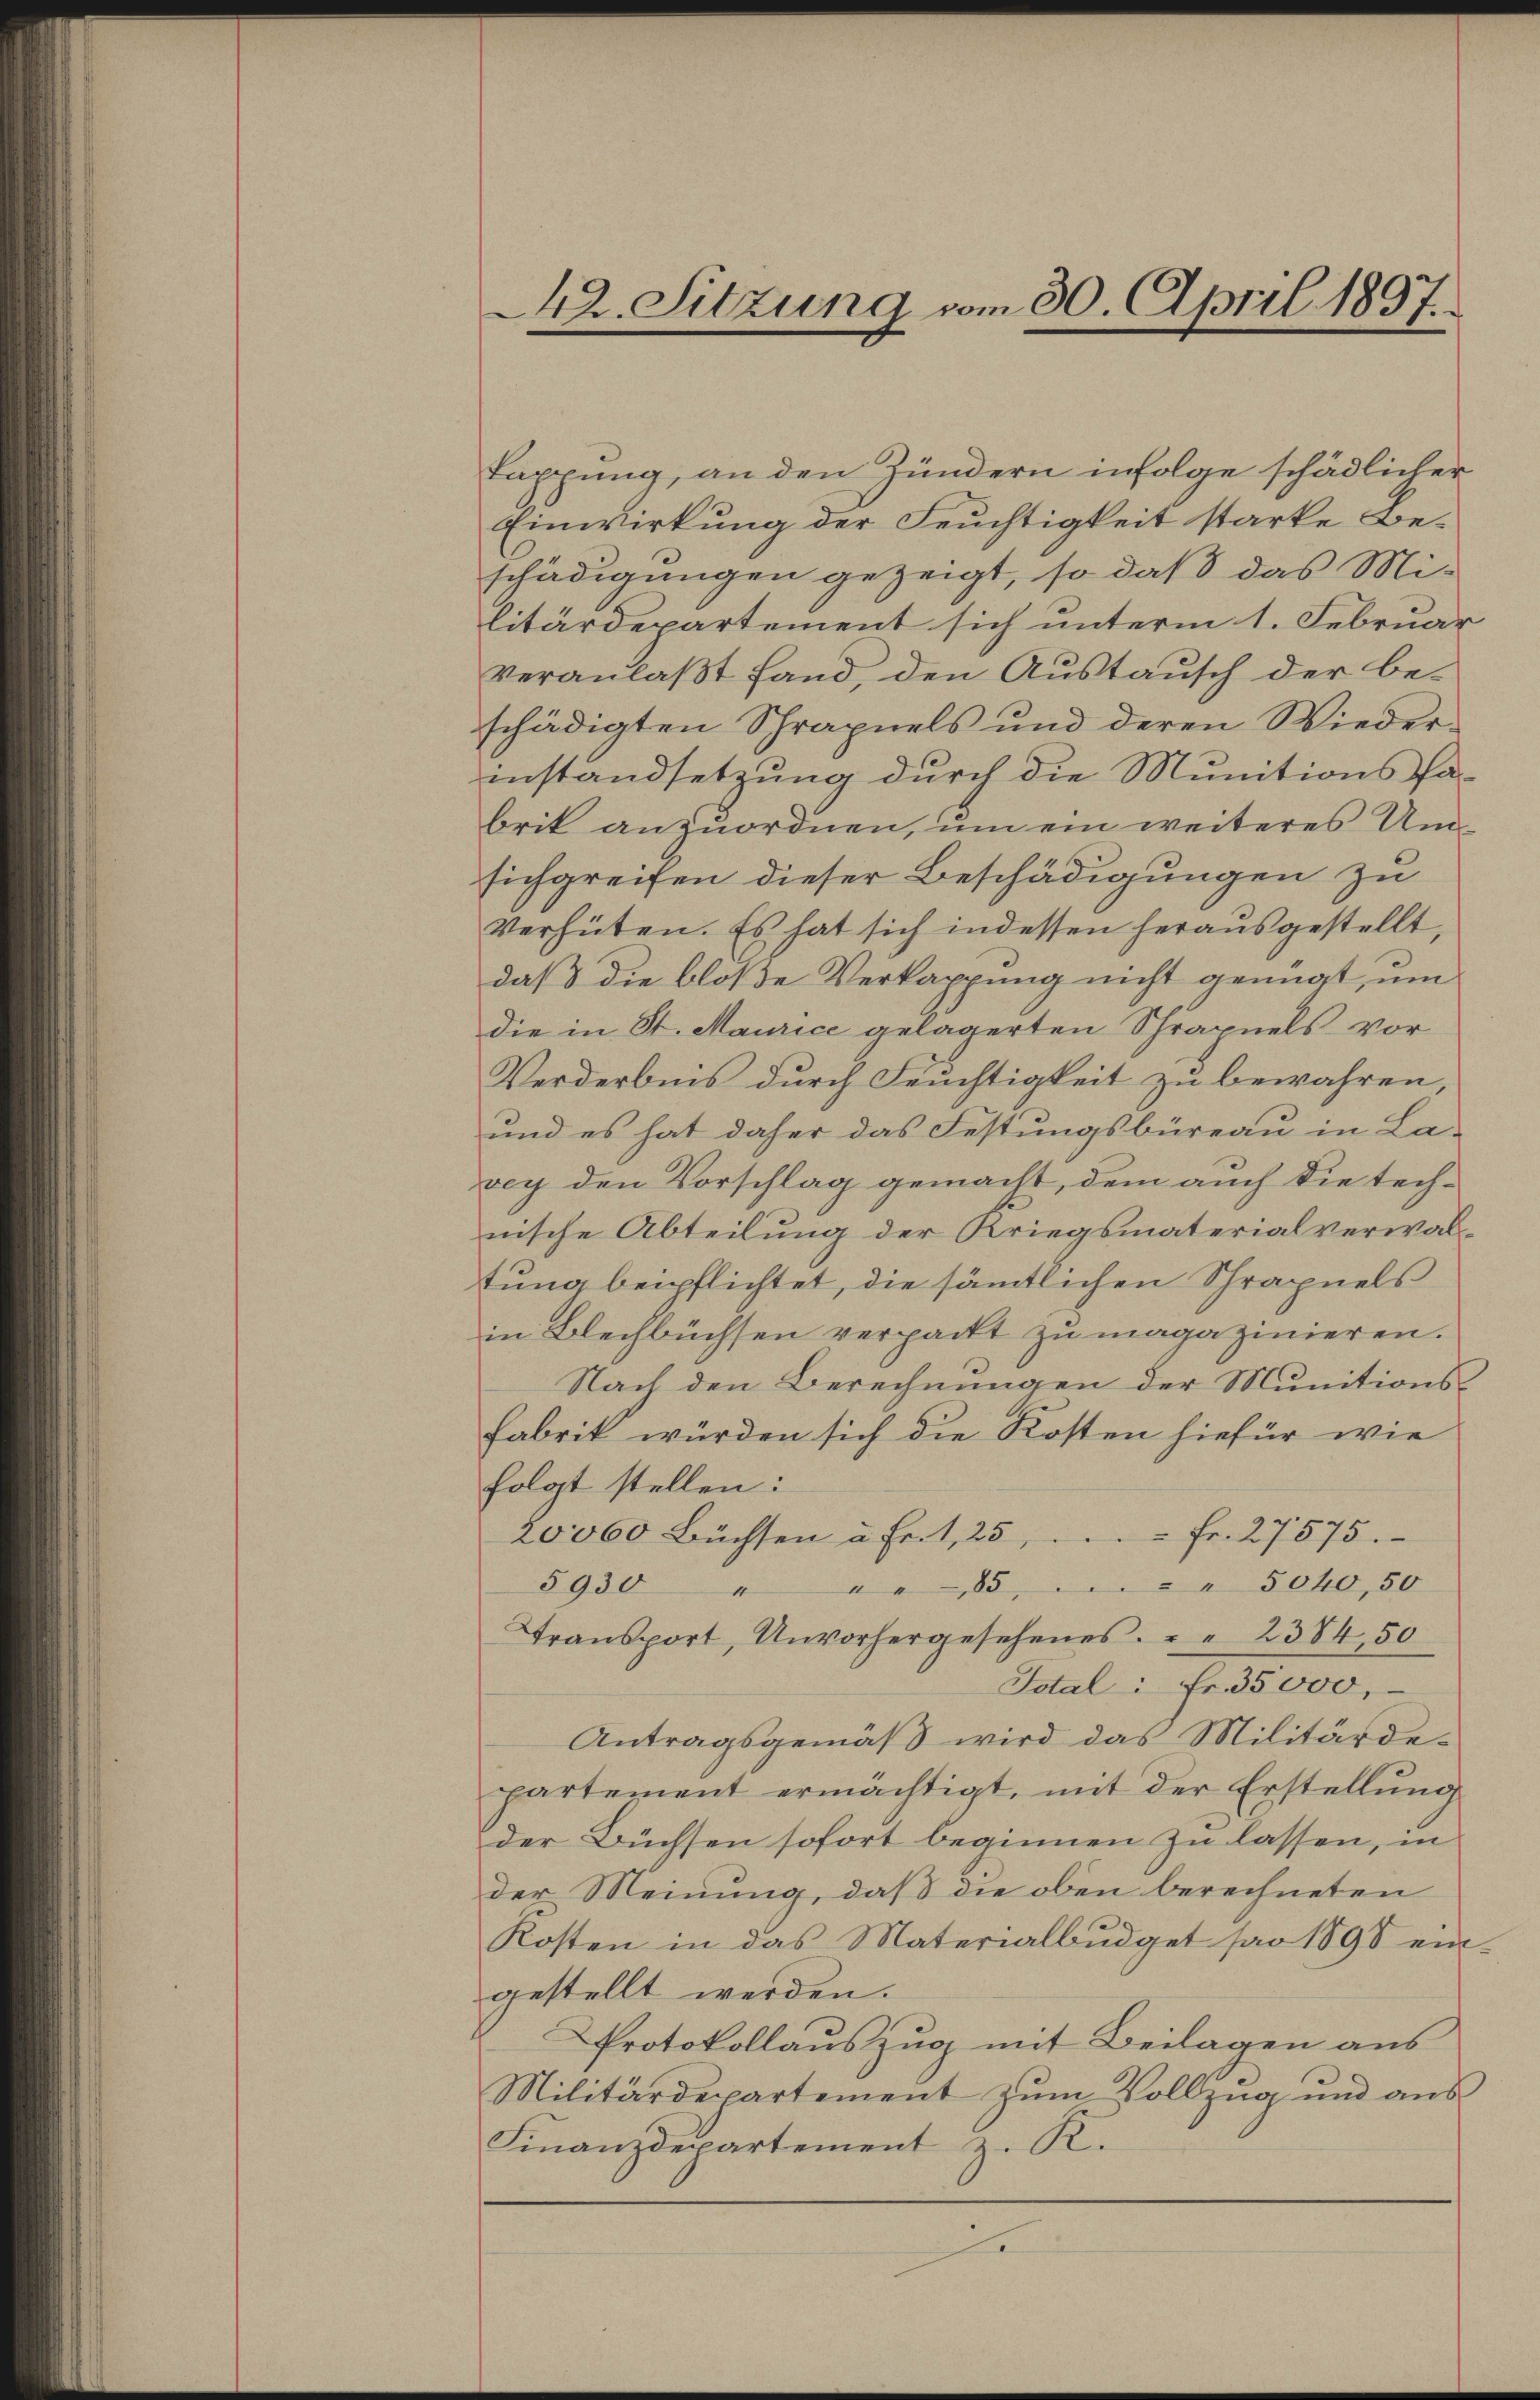
Tappung, an den Zündern infolge schädlicher
Einwirkung der Feuchtigkeit starke Beschädigungen gezeigt, so daß das Mi-
litärdepartement sich unterm 1. Februar
veranlaßt fand, den Austausch der be-
schädigten Schrapuels und deren Wiederinstandsetzung durch die Munitionssabrik anzuordnen, um ein weiteres Umsich greifen dieser Beschädigungen zu
Verhüten. Es hat sich indessen herausgestellt,
daß die bloße Verkappung nicht genügt, um
die in St. Maurice gelagerten Schrapuels vor
Verderbnis durch Feuchtigkeit zu bewahren,
und es hat daher das Festungsbüreau in Lavey den Vorschlag gemacht, dem auch die technische Abteilung der Kriegsmaterialverwaltung beipflichtet, die sämtlichen Schrapuels
in Blechbüchsen verpackt zu magazinieren.
Nach den Berechnungen der Munitions¬
Fabrik würden sich die Kosten hiefür wie
folgt stellen:
20000 Büchsen u Fr. 1, 25 Fr. 27575.
5930
855040,50
Transport, Unvorhergesehenes. " " 2384,50
Total: Fr. 35000,
Antragsgemäß wird das Militärdepartement ermächtigt, mit der Erstellung
der Büchsen sofort beginnen zu lassen, in
der Meinung, daß die oben berechneten
Kosten in das Materialbŭdget spar 1898 ein-
gestellt werden.
Protokollauszug mit Beilagen aus
Militärdepartement zŭm Vollzug und aus
Finanzdepartement z. R.
e

42. Sitzung vom 30. April 1897.